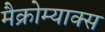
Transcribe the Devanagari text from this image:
मैक्रोम्याक्स